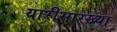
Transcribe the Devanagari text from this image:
यारीसारख्या